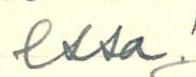
essa